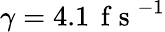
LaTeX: \gamma=4.1\, \mathrm{~f~s~}^{-1}